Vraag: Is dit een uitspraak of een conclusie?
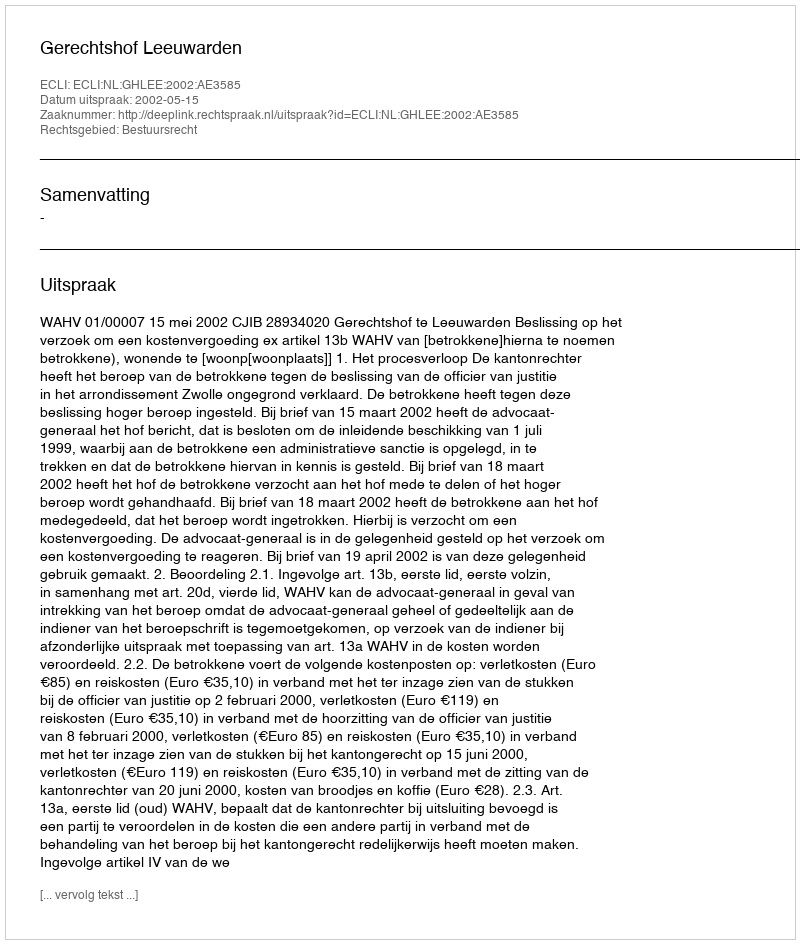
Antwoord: Uitspraak